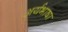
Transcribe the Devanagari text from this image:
अर्यभाषा